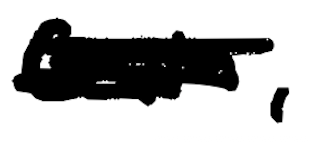
Text: Guin,
Cross-out: mix
Writing tool: digital_black